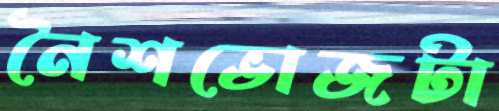
নৈশভোজটা